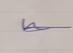
Signature authenticity: genuine